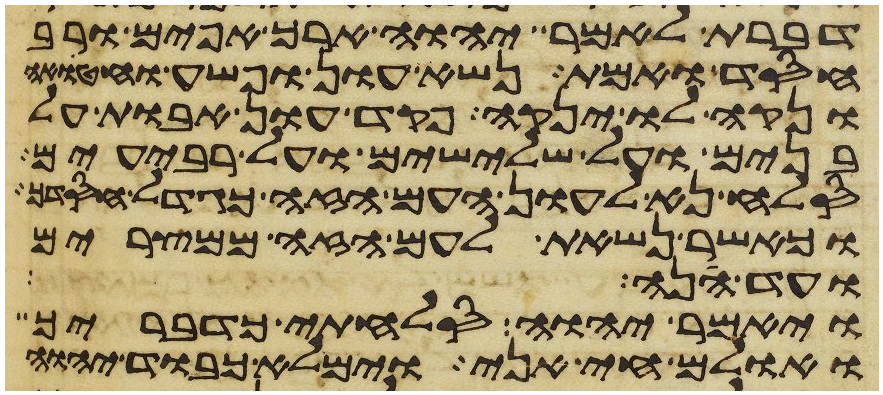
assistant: דברת לאמר יהוה ארך אפים ורב
חסד ואמת נשא עון ופשע וחטאה
ונקה לו ינקה פקד עון אבות על
בנים על שלישים ועל רביעים
סלח נא לעון העם הזה כגדל חסדך
וכאשר נשאת לעם הזה ממצרים
ועד הנה
ויאמר יהוה סלחתי כדבריך
ואולם חי אני וימלא כבוד יהוה